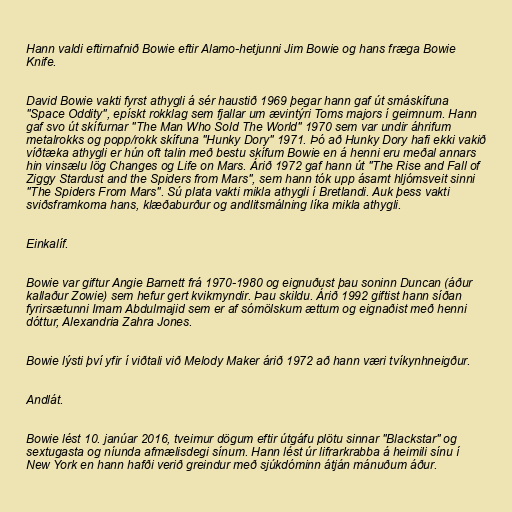
Hann valdi eftirnafnið Bowie eftir Alamo-hetjunni Jim Bowie og hans fræga Bowie
Knife.

David Bowie vakti fyrst athygli á sér haustið 1969 þegar hann gaf út smáskífuna
"Space Oddity", epískt rokklag sem fjallar um ævintýri Toms majors í geimnum. Hann
gaf svo út skífurnar "The Man Who Sold The World" 1970 sem var undir áhrifum
metalrokks og popp/rokk skífuna "Hunky Dory" 1971. Þó að Hunky Dory hafi ekki vakið
víðtæka athygli er hún oft talin með bestu skífum Bowie en á henni eru meðal annars
hin vinsælu lög Changes og Life on Mars. Árið 1972 gaf hann út "The Rise and Fall of
Ziggy Stardust and the Spiders from Mars", sem hann tók upp ásamt hljómsveit sinni
"The Spiders From Mars". Sú plata vakti mikla athygli í Bretlandi. Auk þess vakti
sviðsframkoma hans, klæðaburður og andlitsmálning líka mikla athygli.

Einkalíf.

Bowie var giftur Angie Barnett frá 1970-1980 og eignuðust þau soninn Duncan (áður
kallaður Zowie) sem hefur gert kvikmyndir. Þau skildu. Árið 1992 giftist hann síðan
fyrirsætunni Imam Abdulmajid sem er af sómölskum ættum og eignaðist með henni
dóttur, Alexandria Zahra Jones.

Bowie lýsti því yfir í viðtali við Melody Maker árið 1972 að hann væri tvíkynhneigður.

Andlát.

Bowie lést 10. janúar 2016, tveimur dögum eftir útgáfu plötu sinnar "Blackstar" og
sextugasta og níunda afmælisdegi sínum. Hann lést úr lifrarkrabba á heimili sínu í
New York en hann hafði verið greindur með sjúkdóminn átján mánuðum áður.